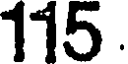
115.